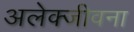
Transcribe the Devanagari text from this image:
अलेक्जीवना